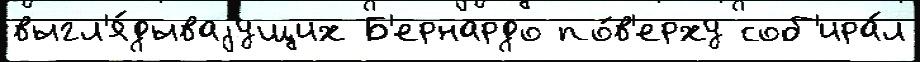
выгл'я́дываjущих Б'ернардо по́в'ерху соб'ира́л